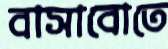
বাসাবোতে